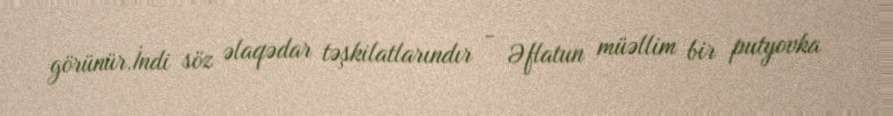
görünür.İndi söz əlaqədar təşkilatlarındır - Əflatun müəllim bir putyovka